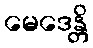
မေဒေန္တိ